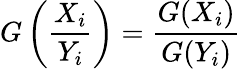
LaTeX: G\left({\frac{X_{i}}{Y_{i}}}\right)={\frac{G(X_{i})}{G(Y_{i})}}